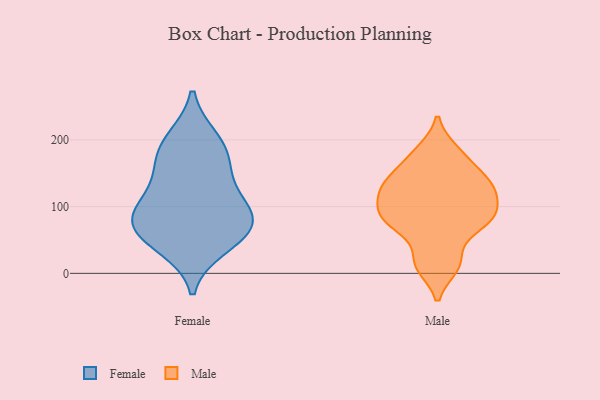
{"axis": {"x": "Production Output", "y": "Value"}, "legend": ["Female", "Male"], "data": [{"x": "", "y": 71, "type": "Female"}, {"x": "", "y": 63, "type": "Female"}, {"x": "", "y": 88, "type": "Female"}, {"x": "", "y": 165, "type": "Female"}, {"x": "", "y": 99, "type": "Female"}, {"x": "", "y": 59, "type": "Female"}, {"x": "", "y": 103, "type": "Female"}, {"x": "", "y": 200, "type": "Female"}, {"x": "", "y": 190, "type": "Female"}, {"x": "", "y": 41, "type": "Female"}, {"x": "", "y": 145, "type": "Female"}, {"x": "", "y": 150, "type": "Male"}, {"x": "", "y": 131, "type": "Male"}, {"x": "", "y": 181, "type": "Male"}, {"x": "", "y": 83, "type": "Male"}, {"x": "", "y": 10, "type": "Male"}, {"x": "", "y": 23, "type": "Male"}, {"x": "", "y": 86, "type": "Male"}, {"x": "", "y": 184, "type": "Male"}, {"x": "", "y": 11, "type": "Male"}, {"x": "", "y": 76, "type": "Male"}, {"x": "", "y": 90, "type": "Male"}, {"x": "", "y": 131, "type": "Male"}, {"x": "", "y": 106, "type": "Male"}, {"x": "", "y": 74, "type": "Male"}, {"x": "", "y": 123, "type": "Male"}, {"x": "", "y": 111, "type": "Male"}, {"x": "", "y": 67, "type": "Male"}, {"x": "", "y": 133, "type": "Male"}, {"x": "", "y": 155, "type": "Male"}]}